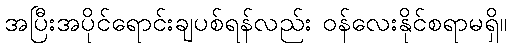
အပြီးအပိုင်ရောင်းချပစ်ရန်လည်း ဝန်လေးနိုင်စရာမရှိ။